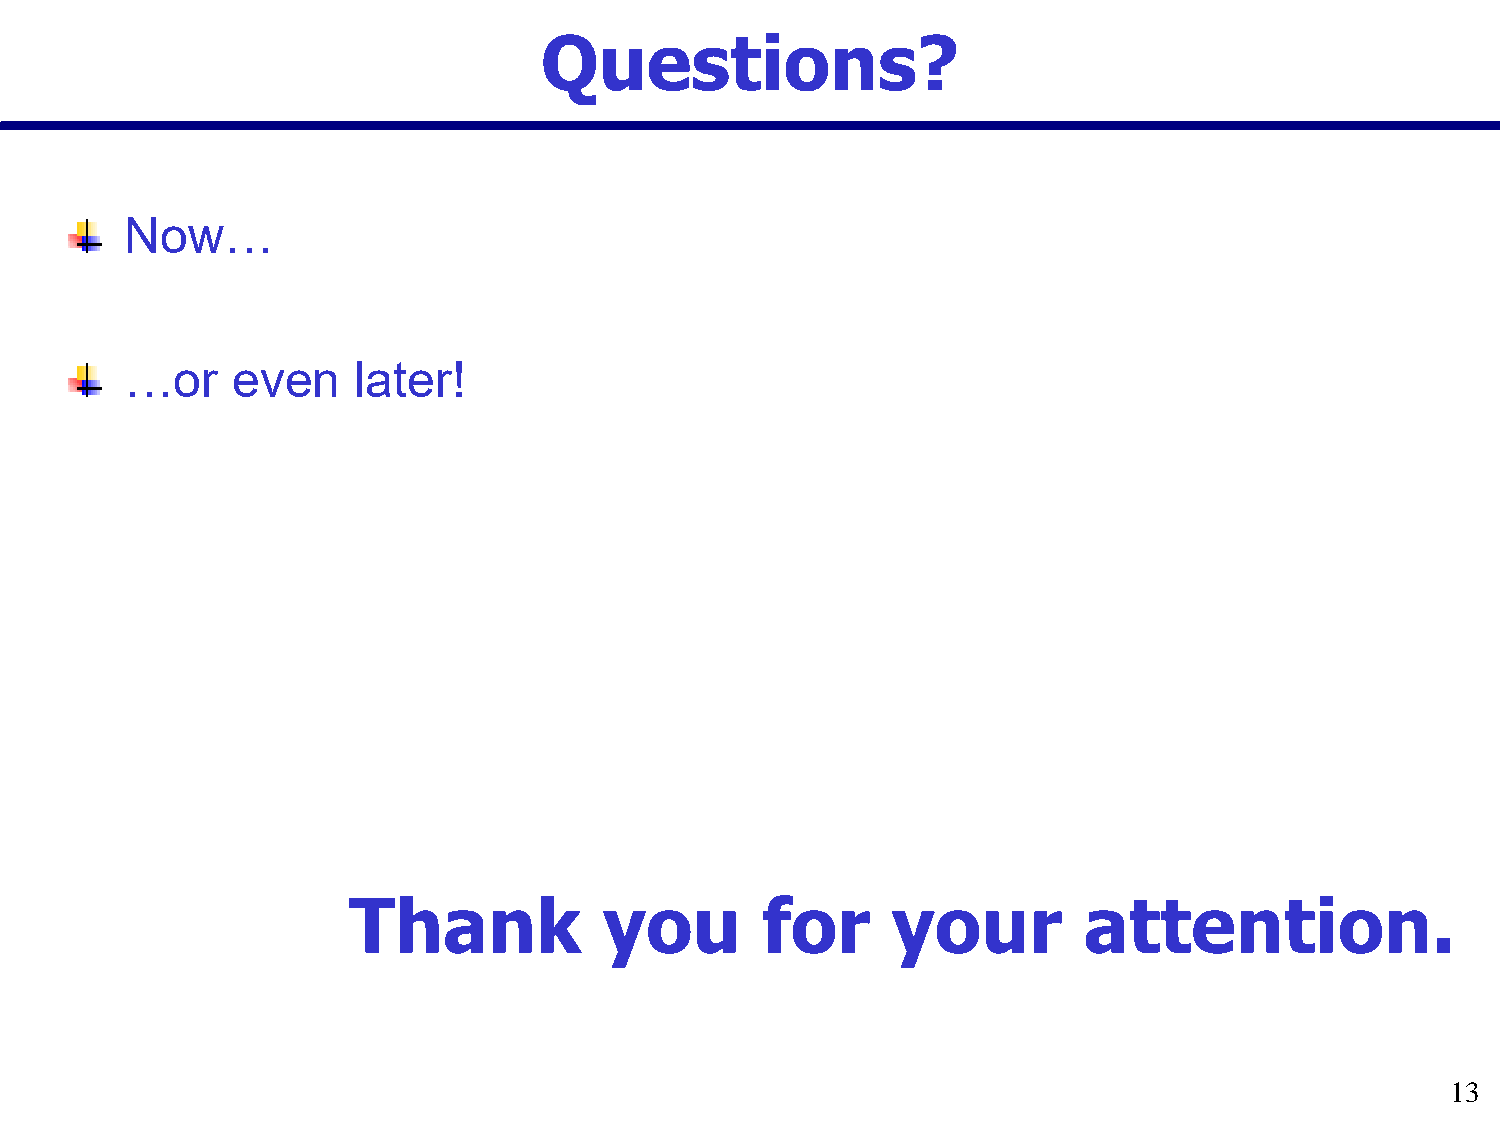
Questions?
 Now…
 …or    even     later!
 Thank            you       for      your         attention.
 13